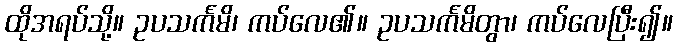
ထိုအရပ်သို့။ ဥပသင်္ကမိ၊ ကပ်လေ၏။ ဥပသင်္ကမိတွာ၊ ကပ်လေပြီး၍။